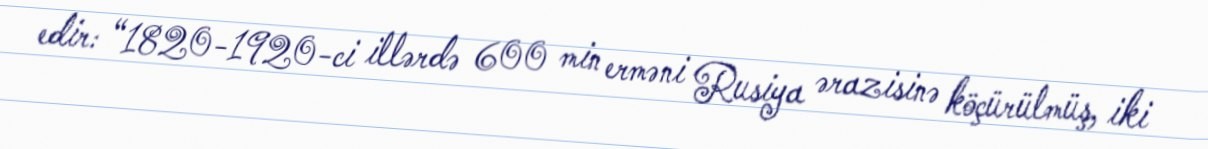
edir: “1820-1920-ci illərdə 600 min erməni Rusiya ərazisinə köçürülmüş, iki